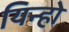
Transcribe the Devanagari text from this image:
यिन्हो